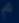
r